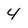
Character: 4